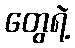
တွေရဲ့